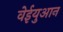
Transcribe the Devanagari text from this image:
वेईयुआन